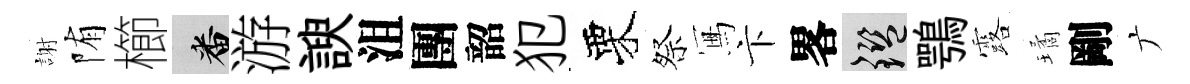
謝陏櫛番游諛沮團韶犯栗祭冩卞畧鑒鶚露璚剛广